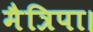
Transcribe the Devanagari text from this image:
मैत्रिपा।